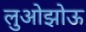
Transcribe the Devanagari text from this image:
लुओझोऊ